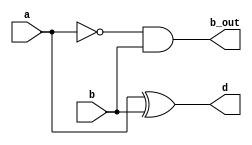
`timescale 1ns / 1ps
//////////////////////////////////////////////////////////////////////////////////
// Company: 
// Engineer: 
// 
// Design Name: 
// Module Name: half_subtractor_1bit
// Project Name: 
// Target Devices: 
// Tool Versions: 
// Description: 
// 
// Dependencies: 
// 
// Revision:
// Revision 0.01 - File Created
// Additional Comments:
// 
//////////////////////////////////////////////////////////////////////////////////


module half_subtractor_1bit( // 
    a, b,
    d, b_out
    );

input a, b;
output d, b_out;

xor(d, a, b); // a b xor  d 
and(b_out, ~a, b); // (~a) b and  b_out 

endmodule